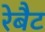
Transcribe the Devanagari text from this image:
रेबैट